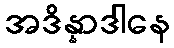
အဒိန္နာဒါနေ